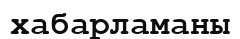
хабарламаны